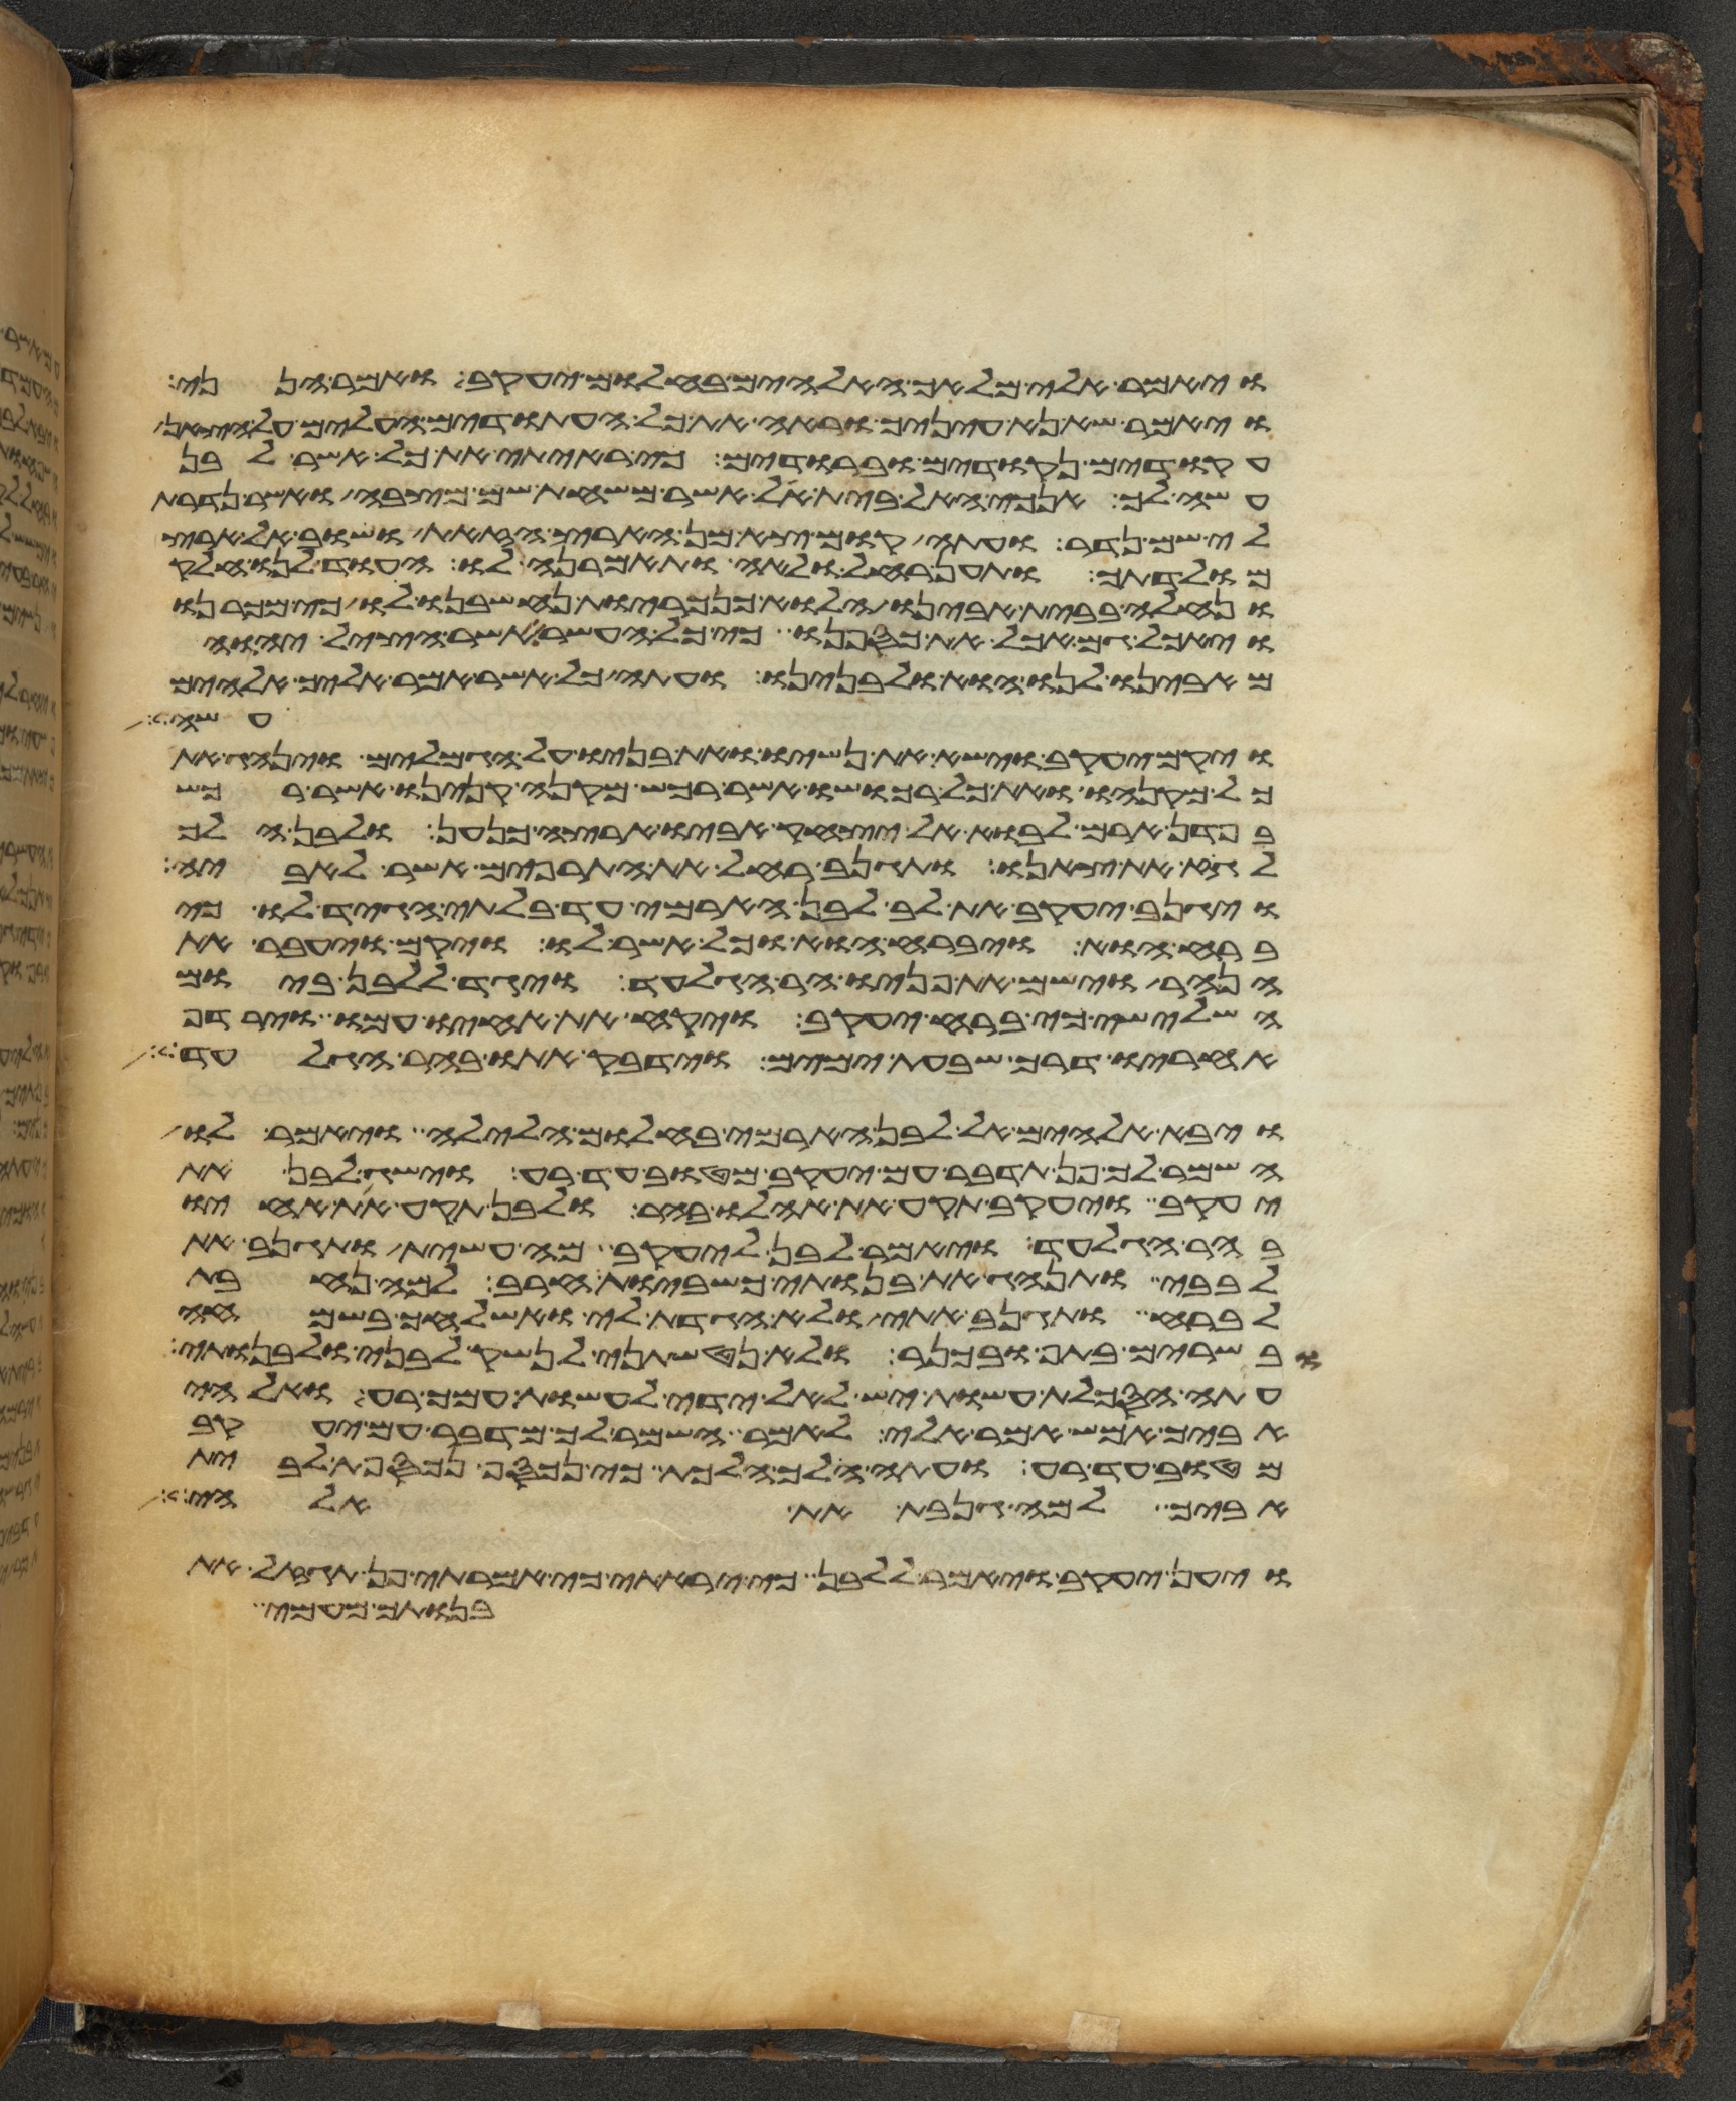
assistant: ויאמר אלי מלאך האלהים בחלום יעקב ואמר הנני
ויאמר שא נא עיניך וראה את כל העתודים העלים על הצאן
עקודים נקודים וברודים כי ראיתי את כל אשר לבן
עשה לך אנכי האל בית אל אשר משחת שם מצבה ואשר נדרת
לי שם נדר ועתה קום צא מן הארץ הזאת ושוב אל ארץ
מולדתך ותען רחל ולאה ותאמרנה לו העוד לנו חלק
ונחלה בבית אבינו הלוא כנכריות נחשבנו לו כי מכרנו
ויאכל גם אכל את כספנו כי כל העשר אשר הציל יהוה
מאבינו לנו הוא ולבנינו ועתה כל אשר אמר אליך אלהים
עשה
ויקם יעקב וישא את נשיו ואת בניו על הגמלים וינהג את
כל מקנהו ואת כל רכושו אשר רכש מקנה קנינו אשר רכש
בפדן ארם לבוא אל יצחק אביו ארצה כנען ולבן הלך
לגוז את צאנו ותגנב רחל את התרפים אשר לאביה
ויגנב יעקב את לב לבן הארמי עד בלתי הגיד לו כי
ברח הוא ויברח הוא וכל אשר לו ויקם ויעבר את
הנהר וישם את פניו הר הגלעד ויגד ללבן ביום
השלישי כי ברח יעקב ויקח את אחיו עמו וירדף
אחריו דרך שבעת ימים וידבק אתו בהר הגלעד
ויבא אלהים אל לבן הארמי בחלום הלילה ויאמר לו
השמר לך פן תדבר עם יעקב מטוב עד רע וישג לבן את
יעקב ויעקב תקע את אהלו בהר ולבן תקע את אחיו
בהר הגלעד ויאמר לבן ליעקב מה עשית ותגנב את
לבבי ותנהג את בנותי כשביות חרב למה נחבת
לברח ותגנב אתי ולא הגדת לי ואשלחך בשמחה
בשרים בתף ובכנר ולא נטשתני לנשק לבני ולבנותי
עתה הסכלת עשות יש לאל ידי לעשות עמך רע ואלהי
אביך אמש אמר אלי לאמר השמר לך מדבר עם יעקב
מטוב עד רע ועתה הלך הלכת כי נכסף נכספת לבית
אביך למה גנבת את אלהי
ויען יעקב ויאמר ללבן כי יראתי כי אמרתי פן תגזל את
בנותך מעמי